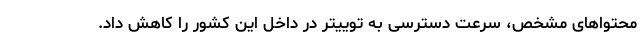
محتواهای مشخص، سرعت دسترسی به توییتر در داخل این کشور را کاهش داد.